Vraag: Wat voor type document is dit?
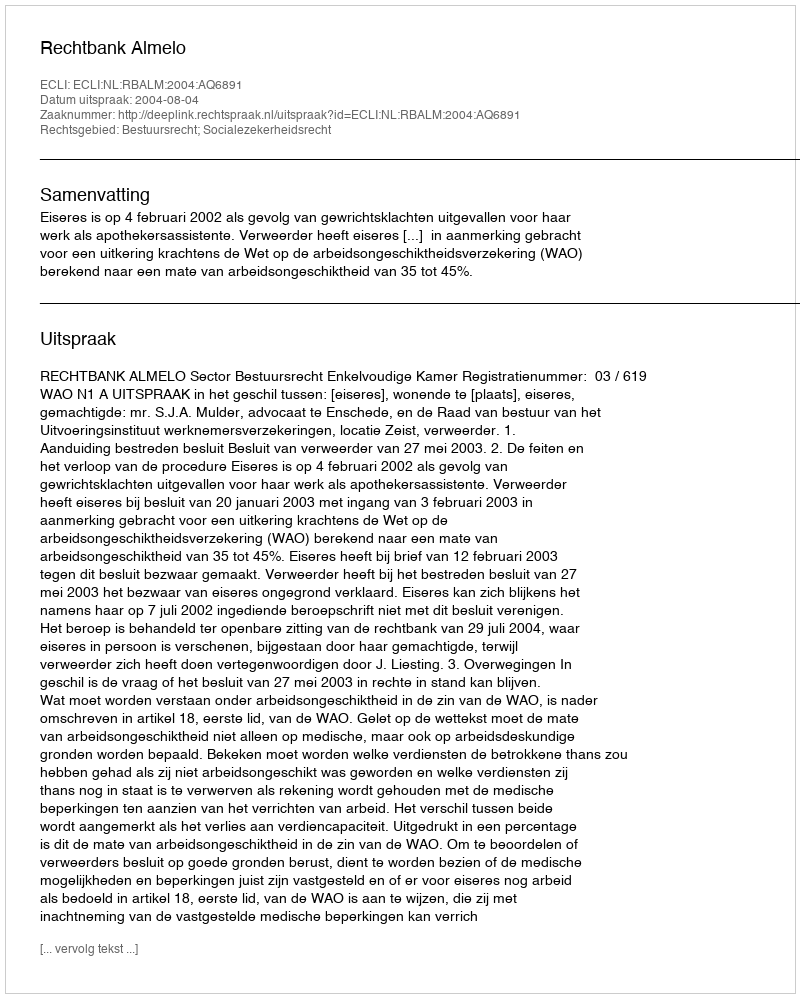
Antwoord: Uitspraak